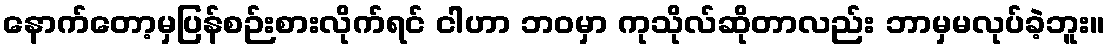
နောက်တော့မှပြန်စဉ်းစားလိုက်ရင် ငါဟာ ဘဝမှာ ကုသိုလ်ဆိုတာလည်း ဘာမှမလုပ်ခဲ့ဘူး။